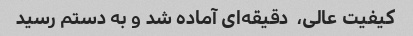
کیفیت عالی،  دقیقه‌ای آماده شد و به دستم رسید